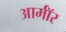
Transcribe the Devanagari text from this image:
आर्माॅर